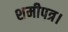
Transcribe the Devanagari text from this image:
शमीपत्र।